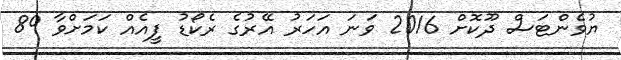
ޔުވެންޓަސް ދޫކޮށް 2016 ވަނަ އަހަރު އޭރުގެ ރެކޯޑު ފީއެއް ކަމަށްވާ 89